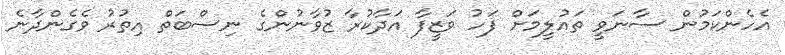
އެހެންކަމުން ސާނަވީ ތައުލީމަށް ފަހު ވަޒީފާ އަދާކުރާ ޒުވާނުންގެ ނިސްބަތް އިތުރު ވެގެންދާނެ